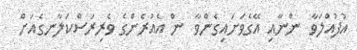
އުފުއްލަވާ  ންނާއި އޭގެވަށައިގެންވާ  ން އެއުރެންގެ ވެރިރަސްކަލާނގެއަށް